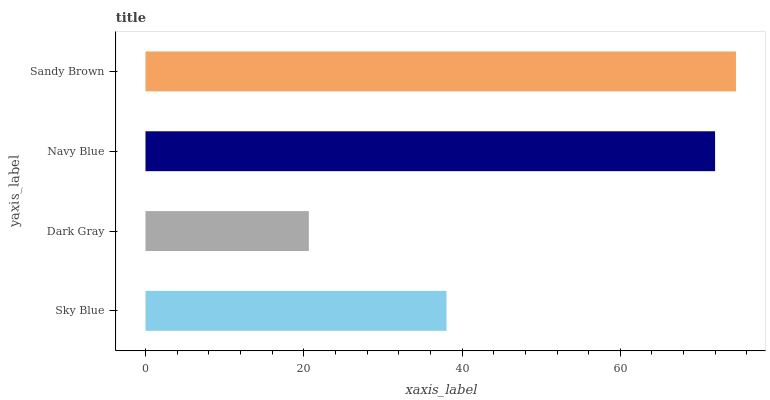
| yaxis_label | bars |
 | --- | --- |
 | Sky Blue | 38 |
 | Dark Gray | 20.6 |
 | Navy Blue | 72 |
 | Sandy Brown | 74.6 |